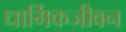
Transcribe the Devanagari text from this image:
धार्मिकजीवन